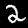
Label: 2